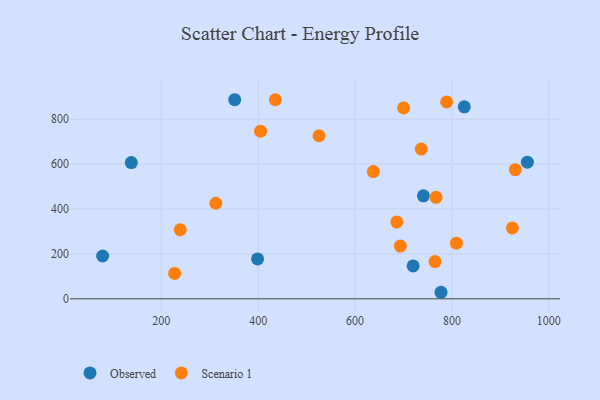
{"axis": {"x": "Ad Spend", "y": "Yield"}, "legend": ["Observed", "Scenario 1"], "data": [{"x": "777.4", "y": 29.1, "type": "Observed"}, {"x": "955.8", "y": 608.4, "type": "Observed"}, {"x": "138.0", "y": 606.5, "type": "Observed"}, {"x": "398.7", "y": 177.4, "type": "Observed"}, {"x": "825.5", "y": 854.6, "type": "Observed"}, {"x": "78.8", "y": 190.5, "type": "Observed"}, {"x": "741.1", "y": 458.5, "type": "Observed"}, {"x": "351.5", "y": 886.2, "type": "Observed"}, {"x": "719.9", "y": 146.5, "type": "Observed"}, {"x": "767.3", "y": 451.9, "type": "Scenario 1"}, {"x": "736.8", "y": 666.6, "type": "Scenario 1"}, {"x": "686.3", "y": 342.1, "type": "Scenario 1"}, {"x": "227.5", "y": 113.1, "type": "Scenario 1"}, {"x": "404.9", "y": 746.2, "type": "Scenario 1"}, {"x": "693.4", "y": 234.7, "type": "Scenario 1"}, {"x": "924.9", "y": 315.4, "type": "Scenario 1"}, {"x": "809.4", "y": 247.7, "type": "Scenario 1"}, {"x": "700.2", "y": 849.9, "type": "Scenario 1"}, {"x": "435.4", "y": 886.1, "type": "Scenario 1"}, {"x": "765.1", "y": 165.9, "type": "Scenario 1"}, {"x": "239.1", "y": 307.5, "type": "Scenario 1"}, {"x": "930.9", "y": 575.0, "type": "Scenario 1"}, {"x": "525.7", "y": 725.9, "type": "Scenario 1"}, {"x": "312.5", "y": 425.4, "type": "Scenario 1"}, {"x": "789.2", "y": 876.4, "type": "Scenario 1"}, {"x": "637.8", "y": 566.2, "type": "Scenario 1"}]}